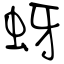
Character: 蚜